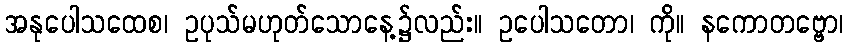
အနုပေါသထေစ၊ ဥပုသ်မဟုတ်သောနေ့၌လည်း။ ဥပေါသတော၊ ကို။ နကောတဗ္ဗော၊